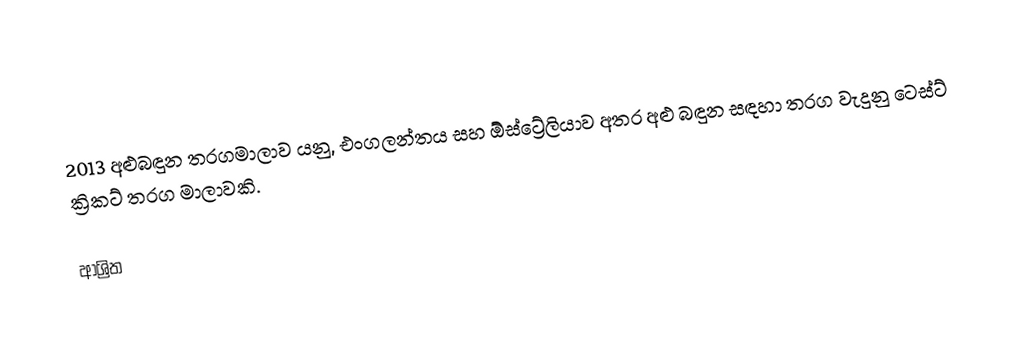
2013 අළුබඳුන තරගමාලාව යනු,  එංගලන්තය සහ ඕස්ට්‍රේලියාව අතර  අළු බඳුන සඳහා තරග වැදුනු ටෙස්ට් ක්‍රිකට් තරග මාලාවකි.

ආශ්‍රිත